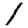
Digit: 1